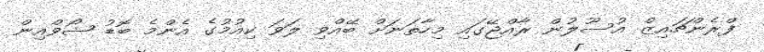
ފްރެންޗައިޒް އުސޫލުން ރާއްޖޭގައި މިހާތަނަށް ބޭއްވި ލަވަ ކިއުމުގެ އެންމެ ބޮޑު ޝޯވްއިން